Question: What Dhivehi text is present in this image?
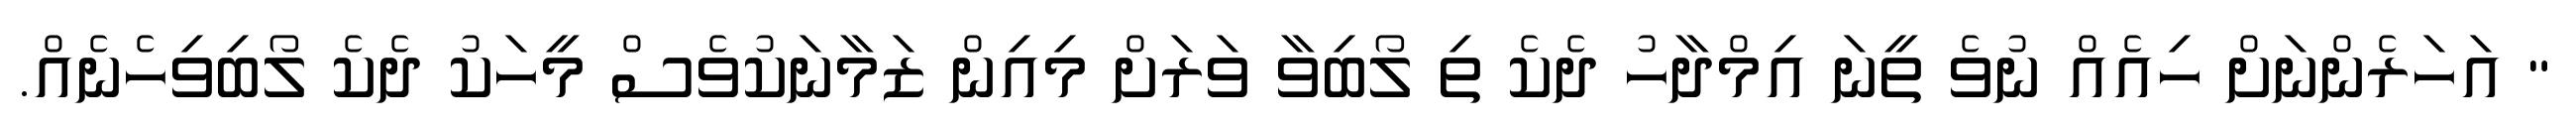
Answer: " އަހަރެންނަށް ހިއެއް ނުވެ ތީނަ އިމްދާހު ދެކެ ތި ލޯބިވާ ވަރަށް މިއިން ޒަމާނަކުވެސް މީހަކު ދެކެ ލޯބިވިހެނެއް.